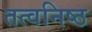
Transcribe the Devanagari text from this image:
तत्वनिष्ठ